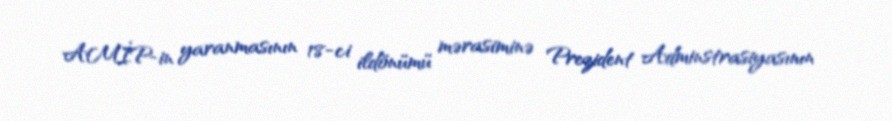
AMİP-in yaranmasının 18-ci ildönümü mərasiminə Prezident Adminstrasiyasının